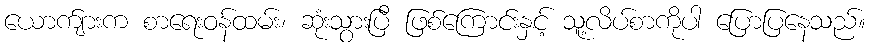
ယောက်ျားက စာရေးဝန်ထမ်း၊ ဆုံးသွားပြီ ဖြစ်ကြောင်းနှင့် သူ့လိပ်စာကိုပါ ပြောပြနေသည်။